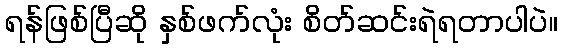
ရန်ဖြစ်ပြီဆို နှစ်ဖက်လုံး စိတ်ဆင်းရဲရတာပါပဲ။